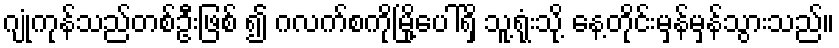
ဂျုံကုန်သည်တစ်ဦးဖြစ် ၍ ဂလက်စကိုမြို့ပေါ်ရှိ သူ့ရုံးသို့ နေ့တိုင်းမှန်မှန်သွားသည်။